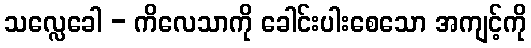
သလ္လေခေါ - ကိလေသာကို ခေါင်းပါးစေသော အကျင့်ကို